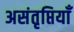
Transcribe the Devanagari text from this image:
असंतृप्तियाँ